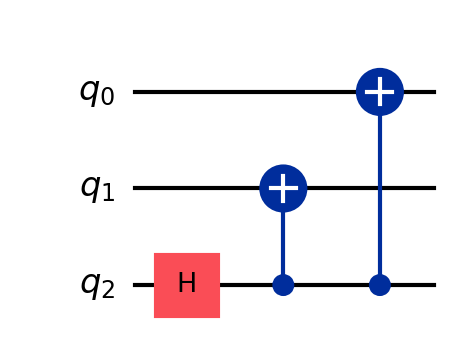
Description: GHZ with reversed qubit labels (q2 as source)
描述: 反转量子比特标签的GHZ（q2为源）
Category: visual_variants (difficulty: basic)
Qubits: 3, circuit depth: 3

Braket implementation:
from braket.circuits import Circuit
circuit = Circuit()
circuit.h(2)
circuit.cnot(2, 1).cnot(2, 0)

Qiskit implementation:
from qiskit import QuantumCircuit
circuit = QuantumCircuit(3)
circuit.h(2)
circuit.cx(2, 1).cx(2, 0)